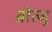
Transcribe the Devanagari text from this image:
ब्रोत्ज़ु